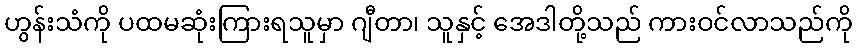
ဟွန်းသံကို ပထမဆုံးကြားရသူမှာ ဂျီတာ၊ သူနှင့် အေဒါတို့သည် ကားဝင်လာသည်ကို